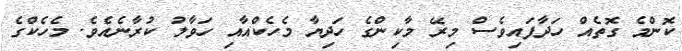
ކޮންމެ ގޮތެއް ހަދާފައިވެސް މިރޭ މާކިންގެ ހަދިޔާ މެހެކްއާއި ހަވާލު ކުރާނެއެވެ. މެހެކްގެ